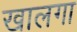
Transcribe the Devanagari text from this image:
खालगा